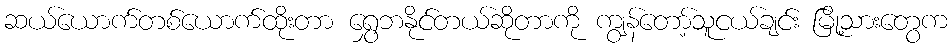
ဆယ်ယောက်တစ်ယောက်ထိုးတာ ရွှေဘနိုင်တယ်ဆိုတာကို ကျွန်တော့်သူငယ်ချင်း မြို့သားတွေက